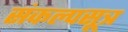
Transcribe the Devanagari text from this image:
संकल्पसूत्र